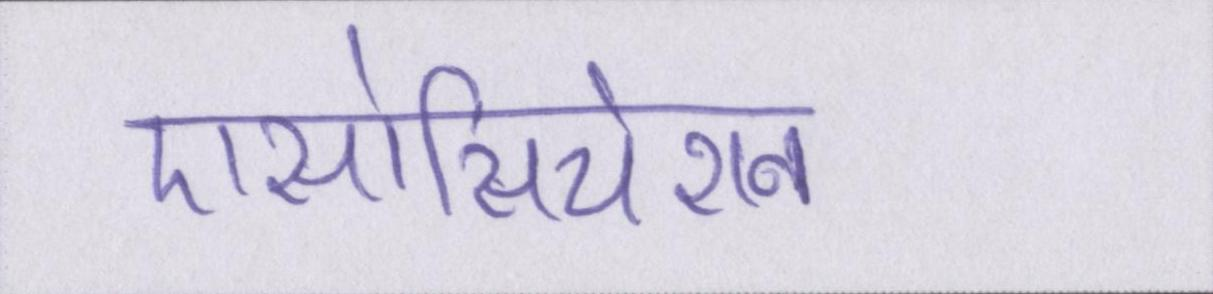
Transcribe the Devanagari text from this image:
एसोसियेशन